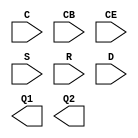
module iddr_wrapper (
    input  wire C,
    input  wire CB,
    input  wire CE,
    input  wire S,
    input  wire R,
    input  wire D,
    output wire Q1,
    output wire Q2
);

    parameter USE_PHY_IDDR  = 0;
    parameter USE_IDELAY    = 0;
    parameter DDR_CLK_EDGE  = "OPPOSITE_EDGE";
    parameter INIT_Q1       = 0;
    parameter INIT_Q2       = 0;
    parameter SRTYPE        = "ASYNC";

    // Use a physical IDDR
    generate if (USE_PHY_IDDR) begin
        wire d;

        if (USE_IDELAY) begin

            IDELAYE2 # (
                .IDELAY_TYPE    ("FIXED"),
                .DELAY_SRC      ("IDATAIN"),
                .IDELAY_VALUE   (16)
            ) an_idelay (
                .IDATAIN        (D),
                .DATAOUT        (d)
            );

        end else begin
            assign d = D;

        end

        IDDR_2CLK # (
            .SRTYPE         (SRTYPE),
            .INIT_Q1        (INIT_Q1),
            .INIT_Q2        (INIT_Q2),
            .DDR_CLK_EDGE   (DDR_CLK_EDGE)

        ) the_iddr (
            .C              (C),
            .CB             (CB),
            .CE             (CE),
            .S              (S),
            .R              (R),
            .D              (d),
            .Q1             (Q1),
            .Q2             (Q2)
        );

    end endgenerate

endmodule